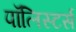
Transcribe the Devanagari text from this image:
पॉलिस्टर्स